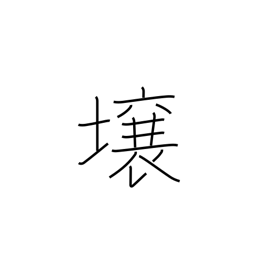
Meaning: lot